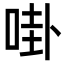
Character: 啩